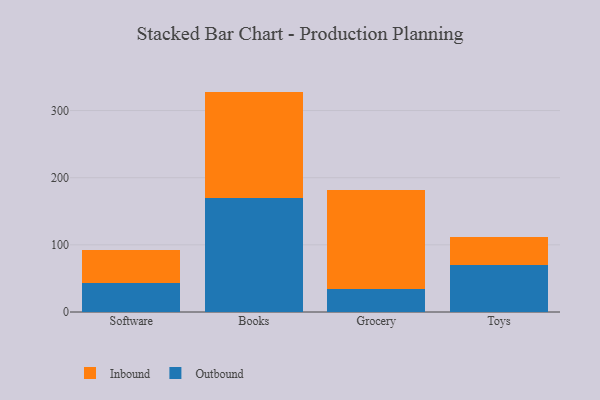
{"axis": {"x": "Category", "y": "Tickets Resolved"}, "legend": ["Inbound", "Outbound"], "data": [{"x": "Software", "y": 42.8, "type": "Outbound"}, {"x": "Software", "y": 49.7, "type": "Inbound"}, {"x": "Books", "y": 169.5, "type": "Outbound"}, {"x": "Books", "y": 158.7, "type": "Inbound"}, {"x": "Grocery", "y": 34.5, "type": "Outbound"}, {"x": "Grocery", "y": 146.7, "type": "Inbound"}, {"x": "Toys", "y": 70.7, "type": "Outbound"}, {"x": "Toys", "y": 41.6, "type": "Inbound"}]}